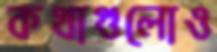
কথাগুলোও